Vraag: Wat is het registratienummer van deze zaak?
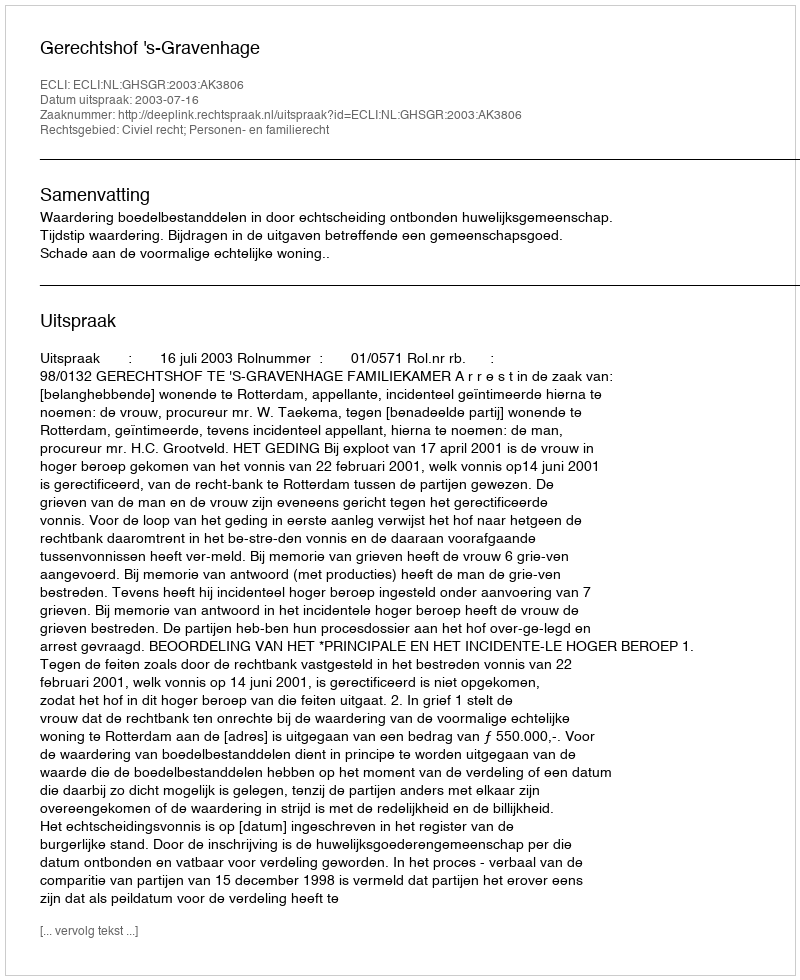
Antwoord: http://deeplink.rechtspraak.nl/uitspraak?id=ECLI:NL:GHSGR:2003:AK3806